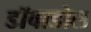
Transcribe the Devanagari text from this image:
डाॅवाडोल